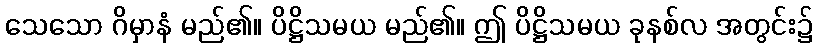
သေသော ဂိမှာနံ မည်၏။ ပိဋ္ဌိသမယ မည်၏။ ဤ ပိဋ္ဌိသမယ ခုနစ်လ အတွင်း၌